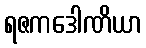
ရဇကဒေါဏိယာ